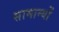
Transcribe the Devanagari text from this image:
सामान्यों